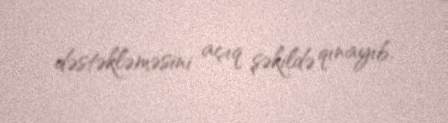
dəstəkləməsini açıq şəkildə qınayıb.